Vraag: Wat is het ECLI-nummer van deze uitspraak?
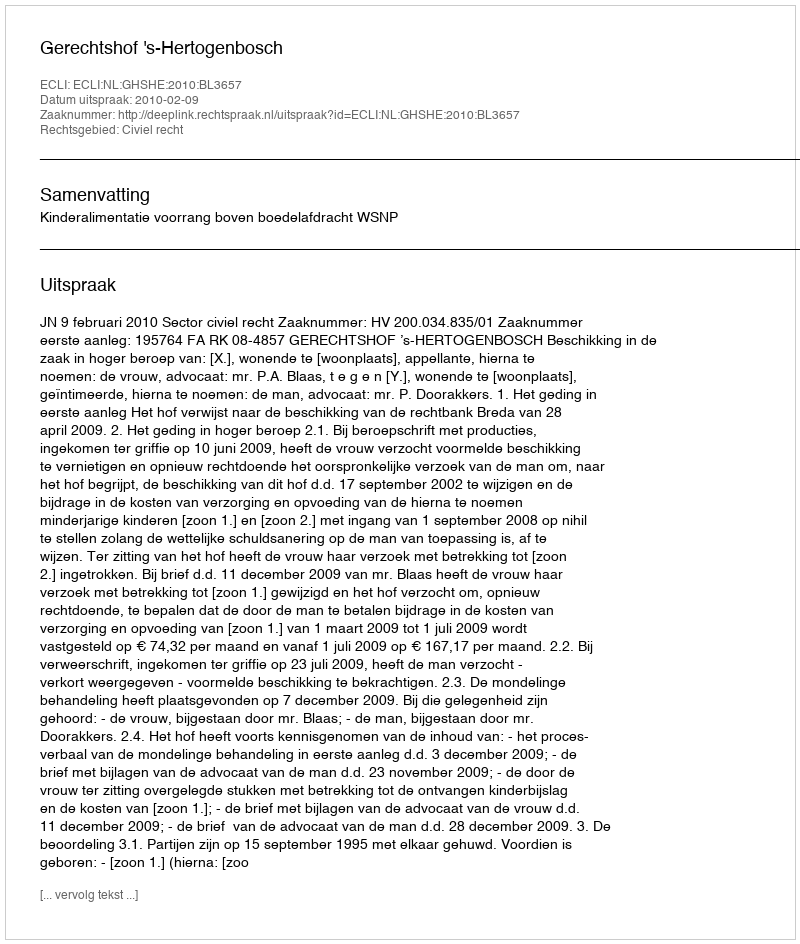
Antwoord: ECLI:NL:GHSHE:2010:BL3657